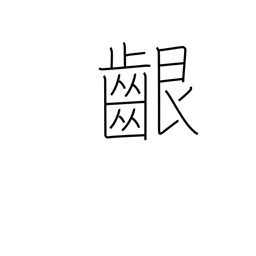
Meaning: gums